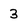
Character: 3